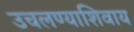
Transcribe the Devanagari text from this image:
उचलण्याशिवाय